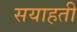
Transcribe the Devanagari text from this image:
सयाहती